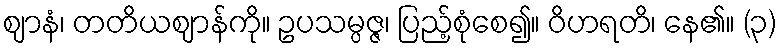
ဈာနံ၊ တတိယဈာန်ကို။ ဥပသမ္ပဇ္ဇ၊ ပြည့်စုံစေ၍။ ဝိဟရတိ၊ နေ၏။ (၃)